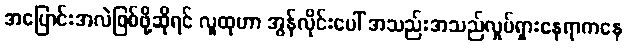
အပြောင်းအလဲဖြစ်ဖို့ဆိုရင် လူထုဟာ အွန်လိုင်းပေါ် အသည်းအသည်လှုပ်ရှားနေရာကနေ